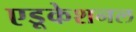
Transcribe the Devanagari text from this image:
एडूकेशनल